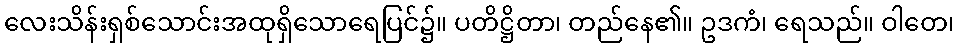
လေးသိန်းရှစ်သောင်းအထုရှိသောရေပြင်၌။ ပတိဋ္ဌိတာ၊ တည်နေ၏။ ဥဒကံ၊ ရေသည်။ ဝါတေ၊